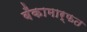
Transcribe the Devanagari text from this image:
बँकामार्फत